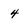
Character: 4